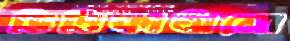
ভিত্তিকাঠামো